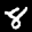
Label: 8